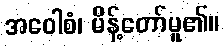
အဝေါစံ၊ မိန့်တော်မူ၏။